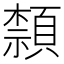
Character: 𮨕